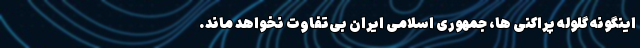
اینگونه گلوله پراکنی ها، جمهوری اسلامی ایران بی‌تفاوت نخواهد ماند.